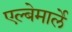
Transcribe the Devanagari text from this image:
एल्बेमार्ले